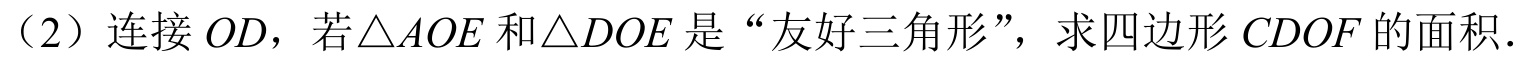
（2）连接$OD$，若$\triangle AOE$和$\triangle DOE$是“友好三角形”，求四边形$CDOF$的面积．